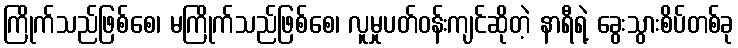
ကြိုက်သည်ဖြစ်စေ၊ မကြိုက်သည်ဖြစ်စေ၊ လူမှုပတ်ဝန်းကျင်ဆိုတဲ့ နာရီရဲ့ ခွေးသွားစိပ်တစ်ခု